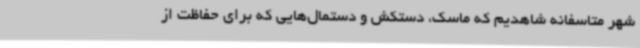
شهر متاسفانه شاهدیم که ماسک، دستکش و دستمال‌هایی که برای حفاظت از